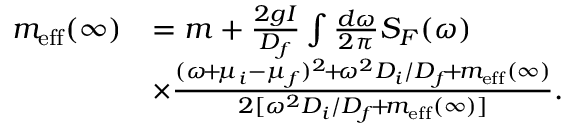
\begin{array} { r l } { m _ { \mathrm { e f f } } ( \infty ) } & { = m + \frac { 2 g I } { D _ { f } } \int \frac { d \omega } { 2 \pi } S _ { F } ( \omega ) } \\ & { \times \frac { ( \omega \! + \! \mu _ { i } - \mu _ { f } ) ^ { 2 } \! + \! \omega ^ { 2 } D _ { i } / D _ { f } \! + \! m _ { \mathrm { e f f } } ( \infty ) } { 2 [ \omega ^ { 2 } D _ { i } / D _ { f } \! + \! m _ { \mathrm { e f f } } ( \infty ) ] } . } \end{array}